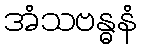
အံသဗန္ဓနံ